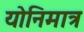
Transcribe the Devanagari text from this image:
योनिमात्र